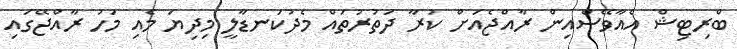
ބްރިޓިޝް އެއާވޭސްއިން ރާއްޖެއަށް ކުރާ ދަތުރުތައް މެދުކަނޑާލީ މިދިޔަ މެއި މަހު ރާއްޖޭގައި